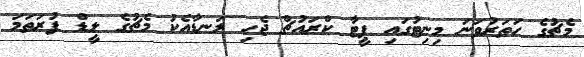
މެޗުގެ ހަތަރުވަނަ މިނިޓުގައި ޕީޓާ ކްރައުޗް ޖެހި ލަނޑާއެކު މެޗުގެ ލީޑް ފުރަތަމަ